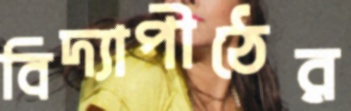
বিদ্যাপীঠের